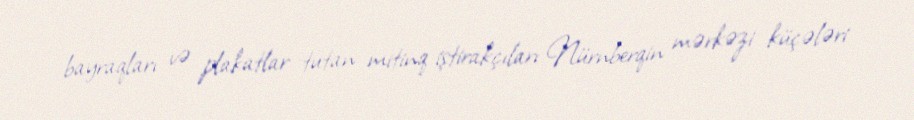
bayraqları və plakatlar tutan mitinq iştirakçıları Nürnberqin mərkəzi küçələri